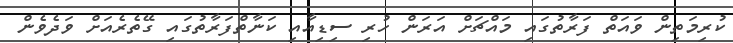
ކުރިމަތިން ވައަތް ފަރާތުގައި މައްޗަށް އަރަން ހުރި ސިޑިއާއި ކަނާތްފަރާތުގައި ގޭތެރެއަށް ވަދެވެން